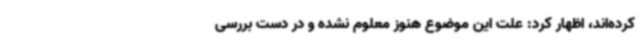
کرده‌اند، اظهار کرد: علت این موضوع هنوز معلوم نشده و در دست بررسی